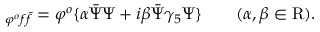
\L _ { \varphi ^ { o } f \bar { f } } = \varphi ^ { o } \lbrace \alpha \bar { \Psi } \Psi + i \beta \bar { \Psi } \gamma _ { 5 } \Psi \rbrace \qquad ( \alpha , \beta \in \mathrm { R } ) .